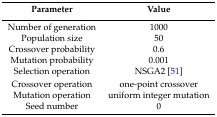
| Parameter | Value |
 | --- | --- |
 | Number of generation | 1000 |
 | Population size | 50 |
 | Crossover probability | 0.6 |
 | Mutation probability | 0.001 |
 | Selection operation | NSGA2 [51] |
 | Crossover operation | one-point crossover |
 | Mutation operation | uniform integer mutation |
 | Seed number | 0 |